Tezpur Lunatic Asylum reports 1895-1904 - 1895-1904
Year: 1895
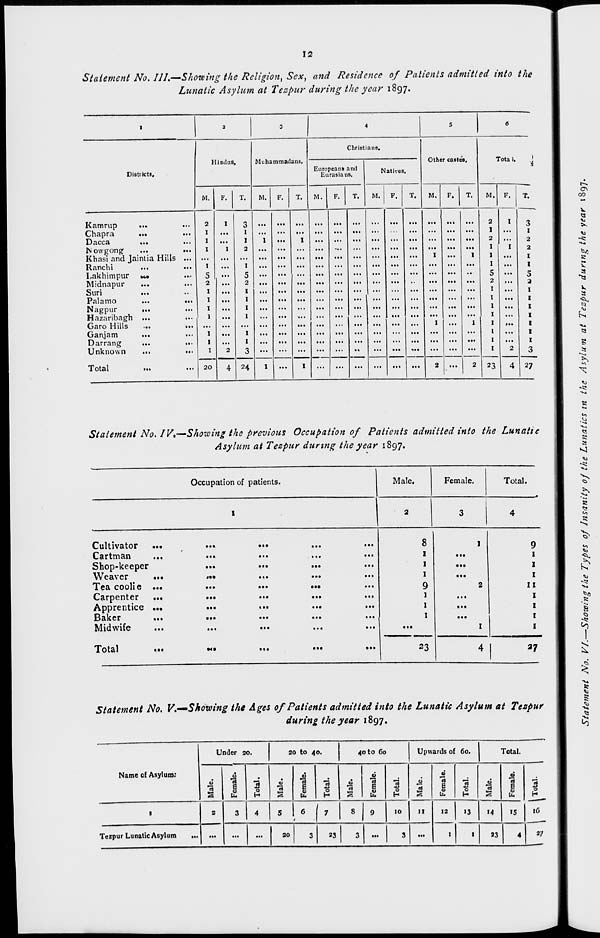
12
Statement No. III.-Showing the Religion, Sex, and Residence of Patients admitted into the
Lunatic Asylum at Tezpur during the year 1897.
1
3
3
4
5
6
Hindus,
Muhammadans.
Christians.
Other caste's.
Tota i.
'
Distticts,
European* and
Eurasians.
Natives.
.
M.
2
I
I
I
I
5
2
1
1
1
1
1
1
1
20
F.
T.
M.
F.
T.
M.
F.
T.
M.
F.
T.
M. F.
T.
M. F.
T.
Kamrup
...
Chapra
...
...
Dacca
...
...
Nowgong
...
...
Khasi and Jainiia Hills ...
Ranchi
Lakhimpur •*•
Midnapur
Suri
...
Palamo
...
...
Nagpur
...
Hazaribagh ...
Garo Hills
...
...
Ganjam
...
Darrang
...
...
Unknown
...
...
I
I
2
3
1
1
2
1
5
2
1
1
1
1
1
1
3
1
...
I
...
...
...
...
...
...
I
I
...
I
I
2
1
2
I
I
I
5
2
1
1
1
1
1
1
1
1
I
I
2
3
I
2
2
I
I
5
a
1
1
1
1
1
1
1
3
Total
4 24
I
-
I
...
...
...
...
...
...
2 —
2
23
4 27
Statement No. IV,—Showing the previous Occupation of Patients admitted into the Lunatic
Asylum at Tezpur during the year 1897.
Occupation of patients.
Cultivator ...
...
...
...
...
8
1
9
Cartman
...
...
...
...
...
1
...
Shop-keeper
...
...
...
...
1
...
Weaver
...
<•■
...
...
...
1
...
Tea coolie ...
...
...
.*•
...
9
2
11
Carpenter ...
...
...
...
...
1
...
Apprentice ...
...
...
...
...
1
...
Baker
...
...
...
...
...
1
...
Midwife
...
...
...
...
...
...
1
Total
23
4 1
ay
Statement No. V.—Showing the Ages of Patients admitted into the Lunatic Asylum at Tezpur
during the year 1897.
Under 20.
20 to 40.
40 to 60
Upwards of 60.
Total.
Name of Asylum:
cJ
a
u
•a
1
Q
3 0
H
a
"3
1
&
"5
H
u
E
tit
3
r2
"it
e
0
5 "o
"3
E
*<5
0
1
2
3
4
s It f, 8 9 10 11 12 13 «4 15 \6
Tezpur Lunatic Asylum
... ...
...
...
so
3
33
3
...
3
...
1
1
33
4
a?